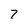
Character: 7